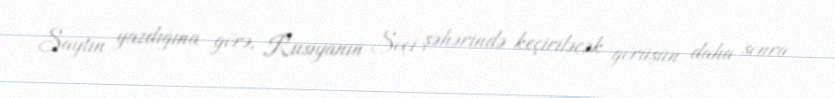
Saytın yazdığına görə, Rusiyanın Soçi şəhərində keçiriləcək görüşün daha sonra